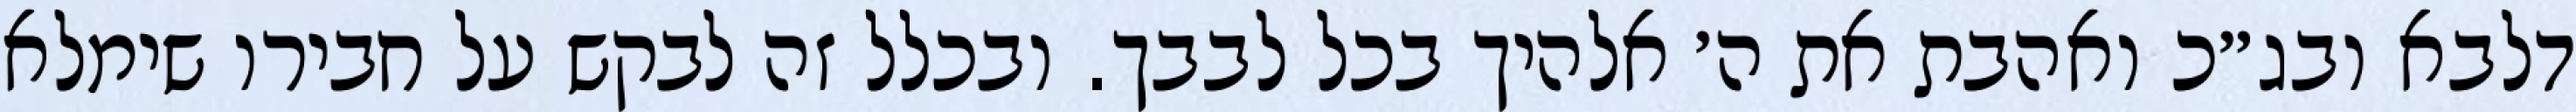
דלבא ובג״כ ואהבת את ה׳ אלהיך בכל לבבך. ובכלל זה לבקש על חבירו שימלא